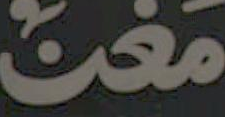
مَعْنُ